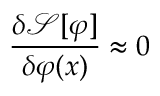
{ \frac { \delta { \mathcal { S } } [ \varphi ] } { \delta \varphi ( x ) } } \approx 0